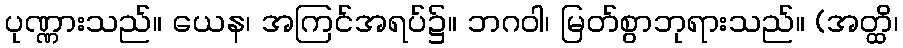
ပုဏ္ဏားသည်။ ယေန၊ အကြင်အရပ်၌။ ဘဂဝါ၊ မြတ်စွာဘုရားသည်။ (အတ္ထိ၊